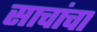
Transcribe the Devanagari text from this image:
साचांचा